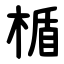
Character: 楯